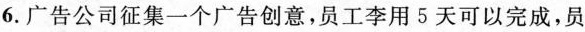
6.广告公司征集一个广告创意，员工李用5天可以完成